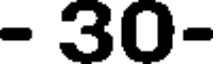
- 30-